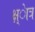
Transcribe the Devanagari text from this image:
क्ष्ेात्र